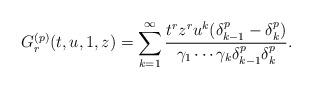
LaTeX: \begin{align*}G^{(p)}_r(t,u,1,z) = \sum_{k=1}^\infty \frac{t^{r}z^ru^{k}(\delta_{k-1}^p-\delta_{k}^p)}{\gamma_1\cdots \gamma_{k} \delta_{k-1}^p\delta_k^p}.\end{align*}